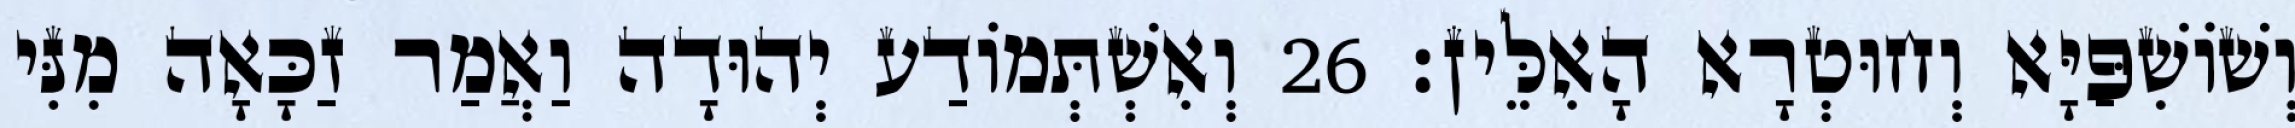
וְשׁוֹשִׁפַּיָּא וְחוּטְרָא הָאִלֵּין׃ 26 וְאִשְׁתְּמוֹדַע יְהוּדָה וַאֲמַר זַכָּאָה מִנִּי